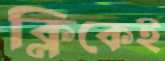
ক্লিকেই